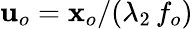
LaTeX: \mathbf{u}_{o}=\mathbf{x}_{o}/(\lambda_{2}\, f_{o})